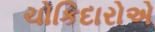
ચોકિદારોએ